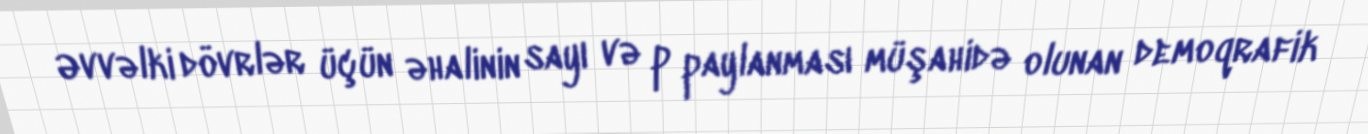
Əvvəlki dövrlər üçün əhalinin sayı və p paylanması müşahidə olunan demoqrafik